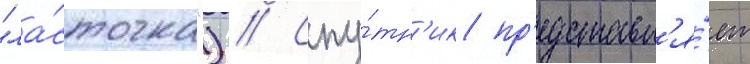
"ла́сточка") // Спу́тн'ик пр'едставл'я́ет